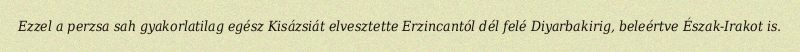
Ezzel a perzsa sah gyakorlatilag egész Kisázsiát elvesztette Erzincantól dél felé Diyarbakirig, beleértve Észak-Irakot is.